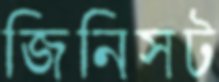
জিনিসট